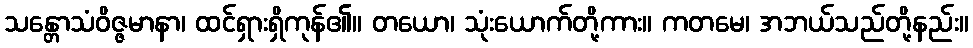
သန္တောသံဝိဇ္ဇမာနာ၊ ထင်ရှားရှိကုန်၏။ တယော၊ သုံးယောက်တို့ကား။ ကတမေ၊ အဘယ်သည်တို့နည်း။